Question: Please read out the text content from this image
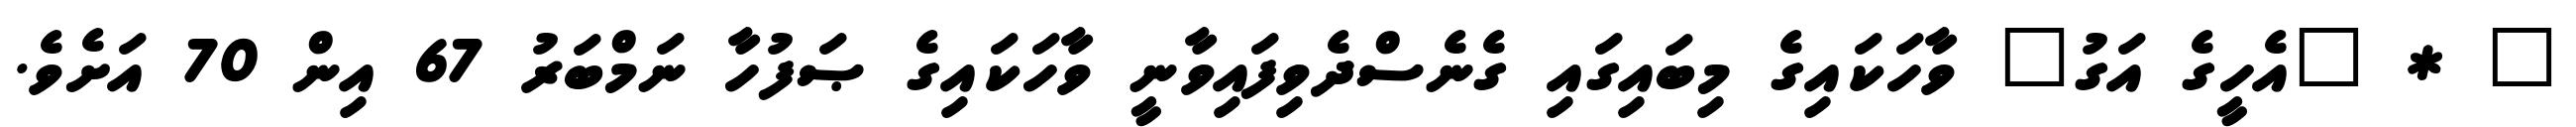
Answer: " * "އެހީގެ އަގު" ވާހަކައިގެ މިބައިގައި ގެނެސްދެވިފައިވާނީ ވާހަކައިގެ ޞަފުހާ ނަމްބަރު 67 އިން 70 އަށެވެ.